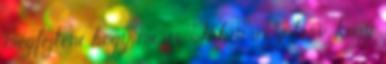
megfejteni, hogy mi az. Talán az a terv, hogy